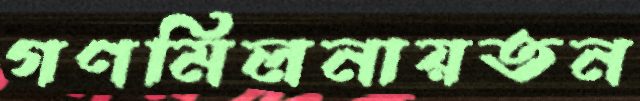
গণমিলনায়তন